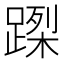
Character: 𨃮